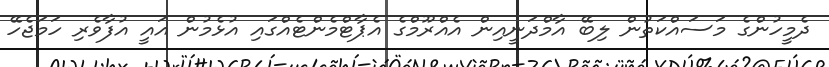
ދެމީހުންގެ މަސައްކަތުން ލިބޭ އާމްދަނީއިން އެއްރޫމްގެ އެޕާޓްމެންޓެއްގައި އުޅެމުން އައީ އުފާވެރި ހަމަޖެހޭ